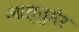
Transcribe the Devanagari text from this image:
आल्तुसेर